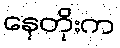
နေတိုးက